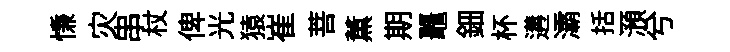
慊灾串杖俾光猿崔菩薫期鼉鈿杯遘灞括澦兮